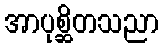
အာပုစ္ဆိတသညာ